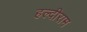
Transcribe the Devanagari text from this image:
हल्दीराम